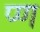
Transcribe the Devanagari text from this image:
प्ण